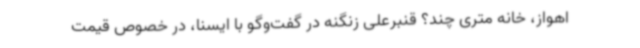
اهواز، خانه متری چند؟ قنبرعلی زنگنه در گفت‌وگو با ایسنا، در خصوص قیمت